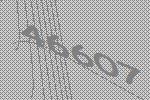
46607